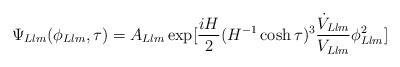
LaTeX: \begin{align*}\Psi_{Llm}(\phi_{Llm},\tau)=A_{Llm} \exp[\frac{iH}{2}(H^{-1} \cosh \tau)^{3}\frac{\dot{V}_{Llm}}{V_{Llm}} \phi_{Llm}^2]\end{align*}